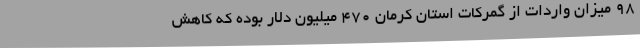
98 میزان واردات از گمرکات استان کرمان 470 میلیون دلار بوده که کاهش